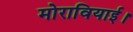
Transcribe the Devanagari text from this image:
मोरावियाई।